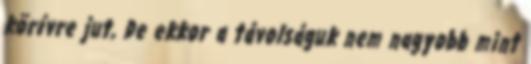
körívre jut, De ekkor a távolságuk nem nagyobb mint